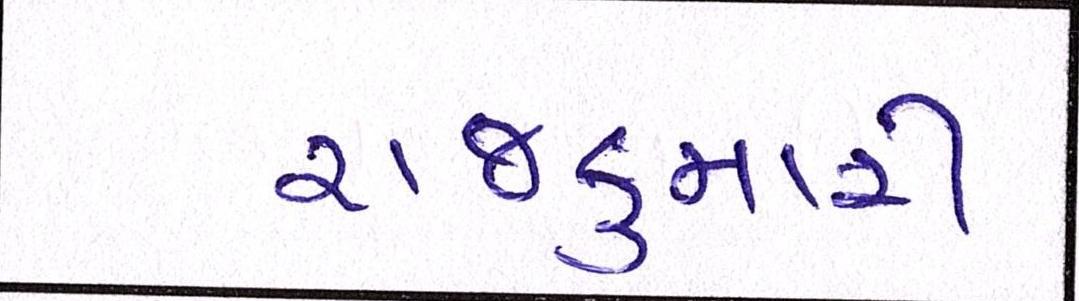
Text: રાજકુમારી